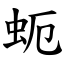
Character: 蚅